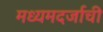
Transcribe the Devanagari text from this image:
मध्यमदर्जाची